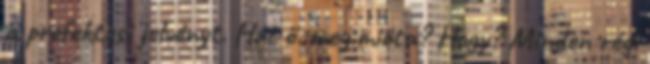
a prefektusi jelvényt. Hát ő. meg.mióta? Hogy? Minden régi